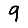
Digit: 9